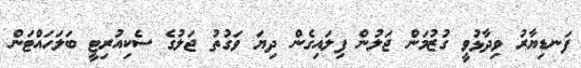
ފަނޑިޔާރު ވިދާޅުވީ ގުޒުމަން ޖަލުން ފިލައިގެން ދިޔަ ވަގުތު ޖަލުގެ ސެކިއުރިޓީ ބަލަހައްޓަން